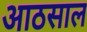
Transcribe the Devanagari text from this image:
आठसाल